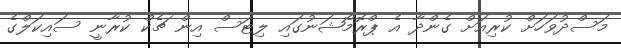
މަސްދުވަހަށް ކުރިއަށް ގެންދާ އެ ޕްރޮމޯޝަނުގައި ލިޓަސް އިން ޗެކް ކުރާނީ ސައިކަލްގެ